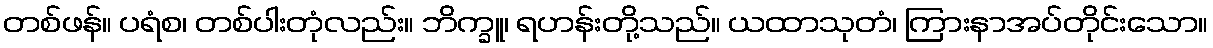
တစ်ဖန်။ ပရံစ၊ တစ်ပါးတုံလည်း။ ဘိက္ခူ၊ ရဟန်းတို့သည်။ ယထာသုတံ၊ ကြားနာအပ်တိုင်းသော။